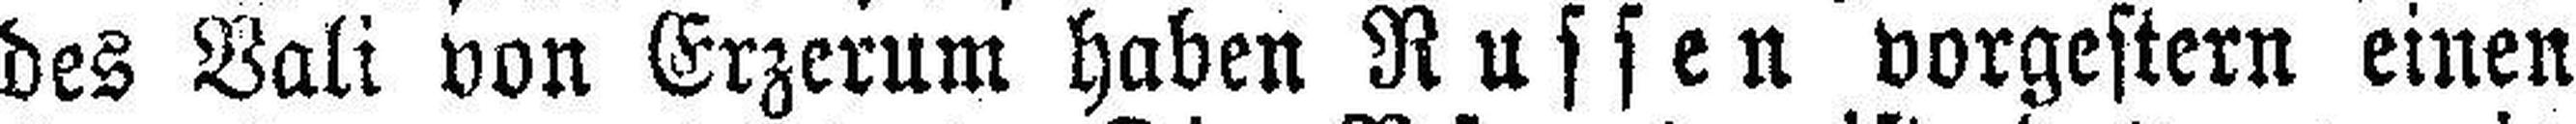
des Bali von Erzerum haben Russen vorgestern einen